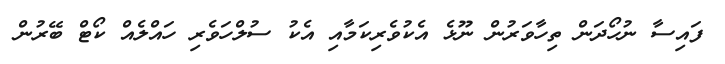
ފައިސާ ނުހޯދަން ތިހާވަރުން ނޫޅެ އެކުވެރިކަމާއި އެކު ސުލްހަވެރި ހައްލެއް ކޯޓް ބޭރުން